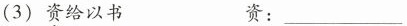
(3)资给以书 资：___